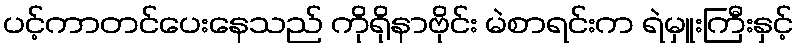
ပင့်ကာတင်ပေးနေသည် ကိုရိုနာဗိုင်း မဲစာရင်းက ရဲမှူးကြီးနှင့်